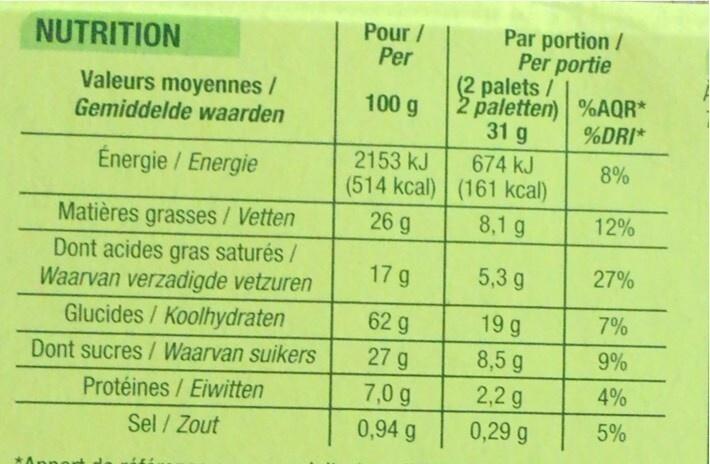
NUTRITION
Valeurs moyennes / Gemiddelde waarden
Énergie / Energie
Matières grasses / Vetten
Dont acides gras saturés / Waarvan verzadigde vetzuren
Glucides/Koolhydraten
Dont sucres / Waarvan suikers
Protéines / Eiwitten
Sel / Zout
Pour / Per
100 g
2153 kJ
(514 kcal)
26 g
17 g
62 g
27 g
7,0 g
0,94 g
Par portion / Per portie
(2 palets /
2 paletten) 31 g
674 kJ
(161 kcal)
8,1 g
5,3 g
19 g
8,5 g
2,2 g
0,29 g
%AQR*
%DRI*
8%
12%
27%
7%
9%
4%
5%